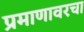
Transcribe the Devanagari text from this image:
प्रमाणावरचा